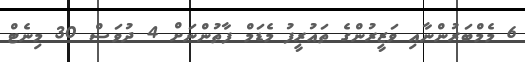
6 މެމްބަރުންނާއި ވަޒީރުންގެ ތައުރީފު މެޑަމް ފާތުންނަށް 4 ދުވަސް 30 މިނެޓް